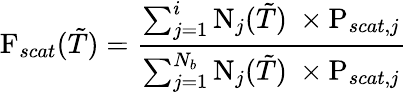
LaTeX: \textrm{F}_{scat}(\tilde{T})=\frac{\sum_{j=1}^{i}\textrm{N}_{j}(\tilde{T})\ \times\textrm{P}_{scat,j}}{\sum_{j=1}^{N_{b}}\textrm{N}_{j}(\tilde{T})\ \times\textrm{P}_{scat,j}}